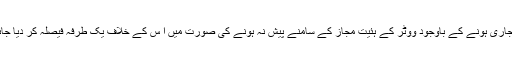
نوٹس جاری ہونے کے باوجود ووٹر کے ہئیت مجاز کے سامنے پیش نہ ہونے کی صورت میں ا س کے خلاف یک طرفہ فیصلہ کر دیا جائے گا۔